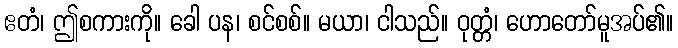
ဧတံ၊ ဤစကားကို။ ခေါ ပန၊ စင်စစ်။ မယာ၊ ငါသည်။ ဝုတ္တံ၊ ဟောတော်မူအပ်၏။